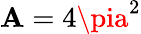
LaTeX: \mathbf{A}=4\pia^{2}